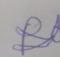
Signature authenticity: forged